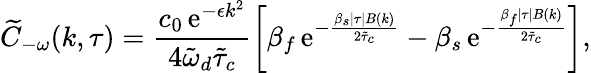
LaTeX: \widetilde{C}_{-\omega}(k,\tau)=\frac{c_{0}\, \mathrm{e}^{-\epsilon k^{2}}}{4\tilde{\omega}_{d}\tilde{\tau}_{c}}\left[\beta_{f}\, \mathrm{e}^{-\frac{\beta_{s}\lvert\tau\rvert B(k)}{2\tilde{\tau}_{c}}}-\beta_{s}\, \mathrm{e}^{-\frac{\beta_{f}\lvert\tau\rvert B(k)}{2\tilde{\tau}_{c}}}\right],